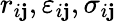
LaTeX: r_{i\mathbf{j}},\varepsilon_{i\mathbf{j}},\sigma_{i\mathbf{j}}